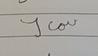
Signature authenticity: forged